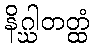
နိဂ္ဃါတတ္ထံ